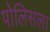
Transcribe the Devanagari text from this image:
पोलिसला